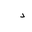
Letter: _dal